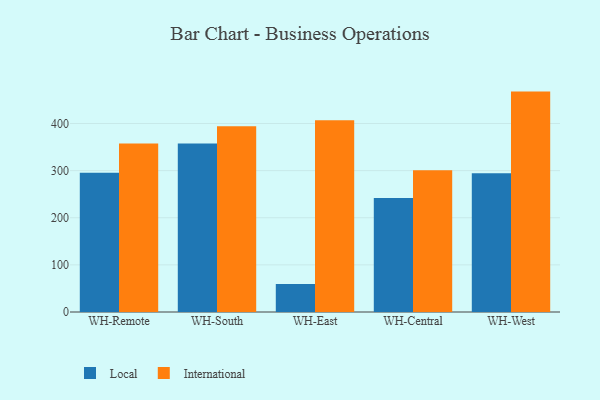
{"axis": {"x": "Warehouse", "y": "Humidity (%)"}, "legend": ["International", "Local"], "data": [{"x": "WH-Remote", "y": 295.5, "type": "Local"}, {"x": "WH-Remote", "y": 357.5, "type": "International"}, {"x": "WH-South", "y": 357.6, "type": "Local"}, {"x": "WH-South", "y": 394.1, "type": "International"}, {"x": "WH-East", "y": 59.3, "type": "Local"}, {"x": "WH-East", "y": 406.9, "type": "International"}, {"x": "WH-Central", "y": 241.8, "type": "Local"}, {"x": "WH-Central", "y": 300.7, "type": "International"}, {"x": "WH-West", "y": 294.4, "type": "Local"}, {"x": "WH-West", "y": 467.7, "type": "International"}]}